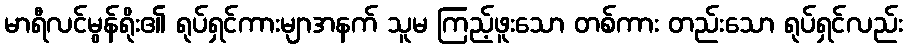
မာရီလင်မွန်ရိုး၏ ရုပ်ရှင်ကားမျာအနက် သူမ ကြည့်ဖူးသော တစ်ကား တည်းသော ရုပ်ရှင်လည်း